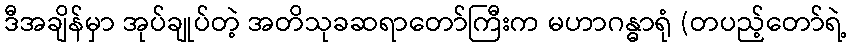
ဒီအချိန်မှာ အုပ်ချုပ်တဲ့ အတိသုခဆရာတော်ကြီးက မဟာဂန္ဓာရုံ (တပည့်တော်ရဲ့